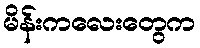
မိန်းကလေးတွေက